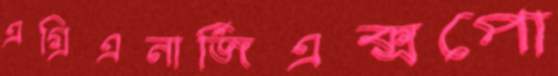
এগ্রিএনার্জিএক্সপো